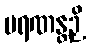
မရဏန္တဉှိ